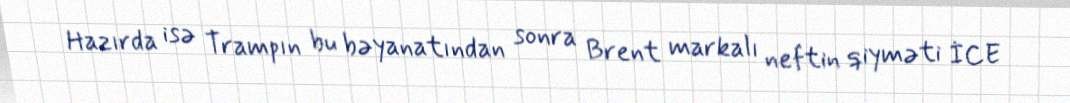
Hazırda isə Trampın bu bəyanatından sonra Brent markalı neftin qiyməti İCE